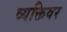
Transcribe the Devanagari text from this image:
व्यक्तिवर